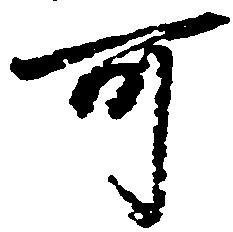
可